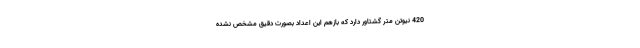
420 نیوتن متر گشتاور دارد که بازهم این اعداد بصورت دقیق مشخص نشده